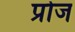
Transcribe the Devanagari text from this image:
प्रोज